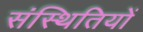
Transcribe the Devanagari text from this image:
संस्थितियों